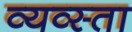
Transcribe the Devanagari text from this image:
व्यव्स्ता